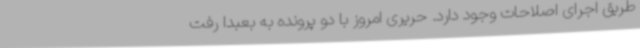
طریق اجرای اصلاحات وجود دارد. حریری امروز با دو پرونده به بعبدا رفت